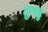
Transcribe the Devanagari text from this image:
तुम्मडु